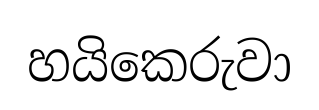
හයිකෙරුවා